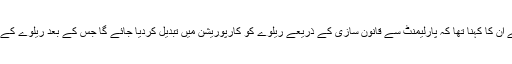
قومی اسمبلی میں بجٹ پیش کرتے ہو ئے ان کا کہنا تھا کہ پارلیمنٹ سے قانون سازی کے ذریعے ریلوے کو کارپوریشن میں تبدیل کردیا جائے گا جس کے بعد ریلوے کے اپنے آزاد بورڈ آف ڈائریکٹرز ہوں گے ۔